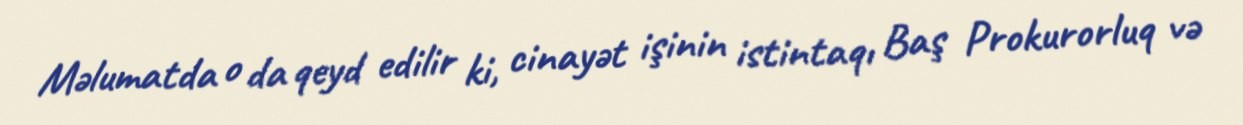
Məlumatda o da qeyd edilir ki, cinayət işinin istintaqı Baş Prokurorluq və